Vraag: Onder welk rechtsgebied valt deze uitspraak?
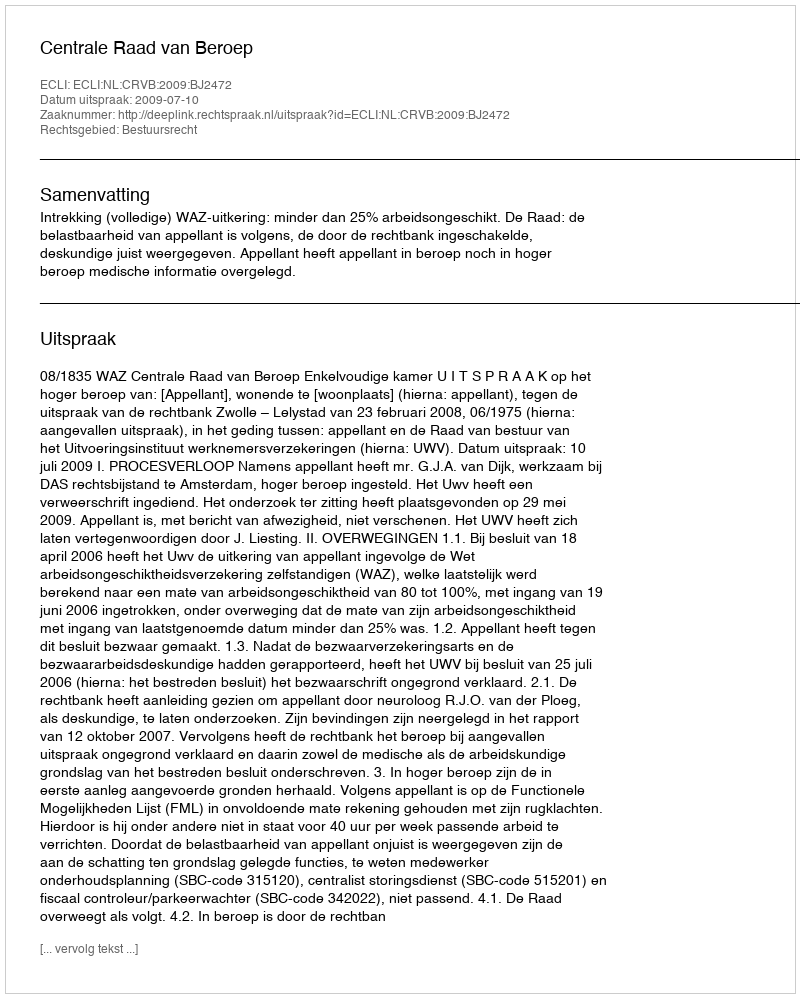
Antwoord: Bestuursrecht